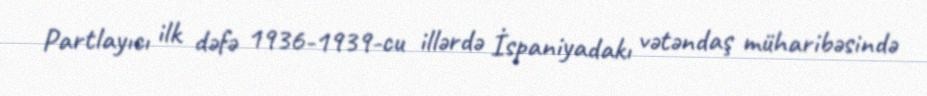
Partlayıcı ilk dəfə 1936-1939-cu illərdə İspaniyadakı vətəndaş müharibəsində